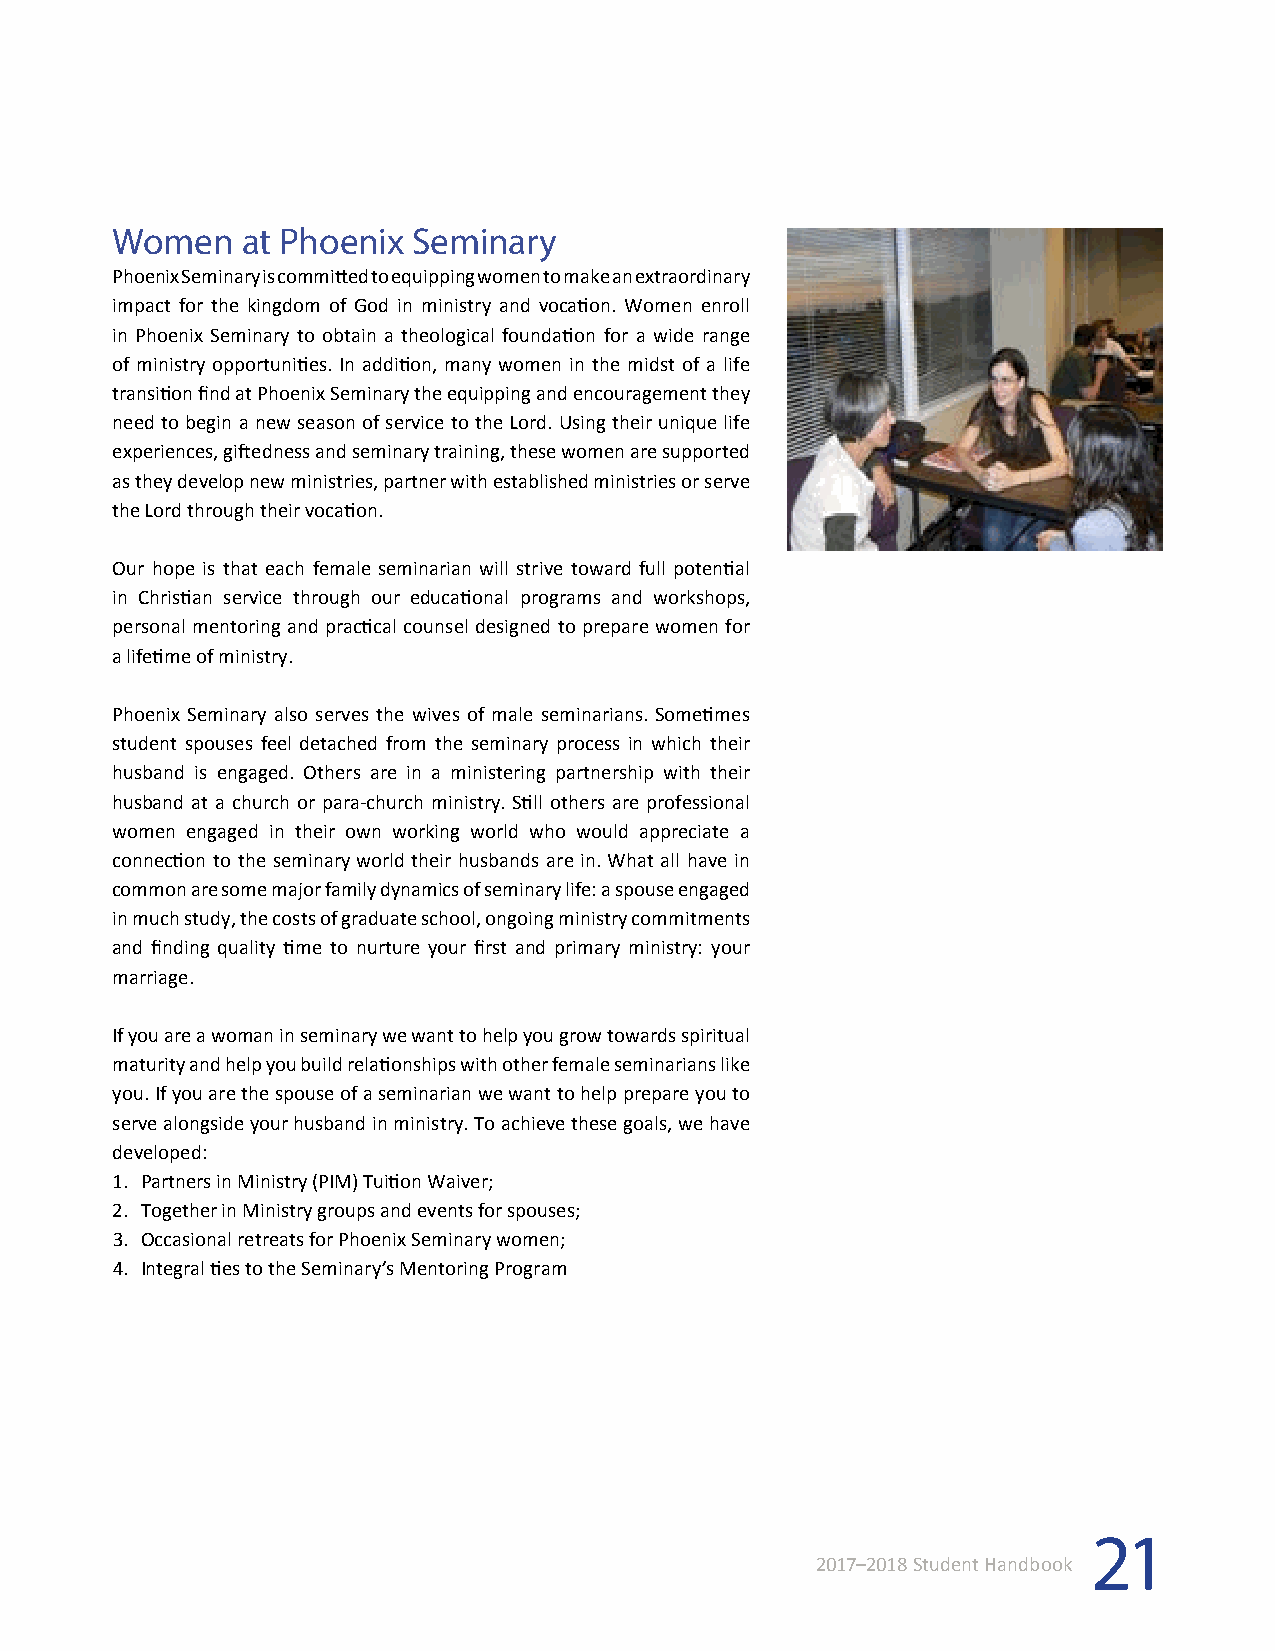
Women    at Phoenix Seminary
 Phoenix Seminary is committed to equipping women to make an extraordinary
 impact for the kingdom of God in ministry and vocation. Women enroll
 in Phoenix Seminary to obtain a theological foundation for a wide range
 of ministry opportunities. In addition, many women in the midst of a life
 transition find at Phoenix Seminary the equipping and encouragement they
 need to begin a new season of service to the Lord. Using their unique life
 experiences, giftedness and seminary training, these women are supported
 as they develop new ministries, partner with established ministries or serve
 the Lord through their vocation.
 Our hope is that each female seminarian will strive toward full potential
 in Christian service through our educational programs and workshops,
 personal mentoring and practical counsel designed to prepare women for
 a lifetime of ministry.
 Phoenix Seminary also serves the wives of male seminarians. Sometimes
 student spouses feel detached from the seminary process in which their
 husband is engaged. Others are in a ministering partnership with their
 husband at a church or para-church ministry. Still others are professional
 women engaged in their own working world who would appreciate a
 connection to the seminary world their husbands are in. What all have in
 common are some major family dynamics of seminary life: a spouse engaged
 in much study, the costs of graduate school, ongoing ministry commitments
 and finding quality time to nurture your first and primary ministry: your
 marriage.
 If you are a woman in seminary we want to help you grow towards spiritual
 maturity and help you build relationships with other female seminarians like
 you. If you are the spouse of a seminarian we want to help prepare you to
 serve alongside your husband in ministry. To achieve these goals, we have
 developed:
 1. Partners in Ministry (PIM) Tuition Waiver;
 2. Together in Ministry groups and events for spouses;
 3. Occasional retreats for Phoenix Seminary women;
 4. Integral ties to the Seminary’s Mentoring Program
 21
 2017–2018 Student Handbook